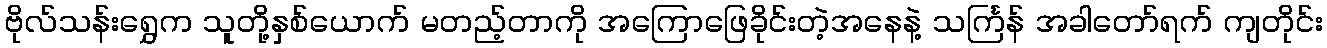
ဗိုလ်သန်းရွှေက သူတို့နှစ်ယောက် မတည့်တာကို အကြောဖြေခိုင်းတဲ့အနေနဲ့ သင်္ကြန် အခါတော်ရက် ကျတိုင်း